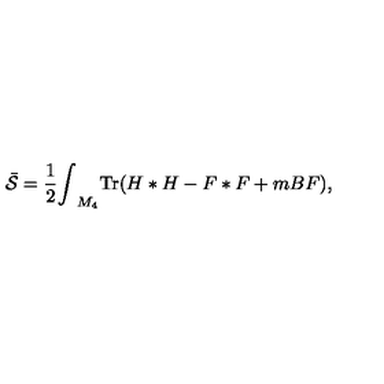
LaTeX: { \bar { \cal { S } } } = { \frac { 1 } { 2 } } { \int } _ { M _ { 4 } } \mathrm { T r } ( H * H - F * F + m B F ) ,